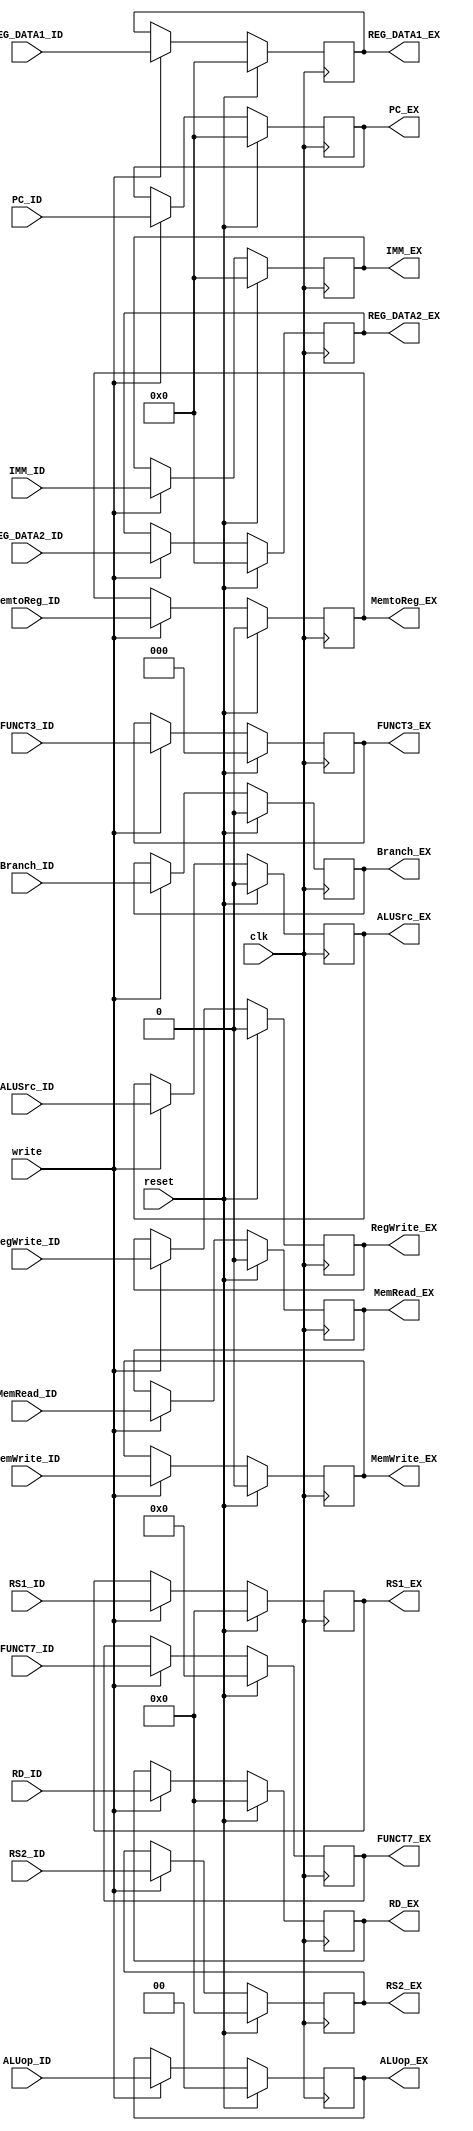
`timescale 1ns / 1ps

module pipeline_id_ex(
    input clk, reset, write,
    input [31:0] IMM_ID, REG_DATA1_ID, REG_DATA2_ID, PC_ID,
    input [2:0] FUNCT3_ID,
    input [6:0] FUNCT7_ID,
    input [4:0] RD_ID, RS1_ID, RS2_ID,
    input RegWrite_ID,
    input MemtoReg_ID,
    input MemRead_ID,
    input MemWrite_ID,
    input [1:0] ALUop_ID,
    input ALUSrc_ID,
    input Branch_ID,
    
    output reg [31:0] IMM_EX, REG_DATA1_EX, REG_DATA2_EX, PC_EX,
    output reg [2:0] FUNCT3_EX,
    output reg [6:0] FUNCT7_EX,
    output reg [4:0] RD_EX, RS1_EX, RS2_EX,
    output reg RegWrite_EX,
    output reg MemtoReg_EX,
    output reg MemRead_EX,
    output reg MemWrite_EX,
    output reg [1:0] ALUop_EX,
    output reg ALUSrc_EX,
    output reg Branch_EX
);
    always@(posedge clk) begin
        if (reset) begin
            IMM_EX <= 32'b0;
            REG_DATA1_EX <= 32'b0;
            REG_DATA2_EX <= 32'b0;
            PC_EX <= 32'b0;
            FUNCT3_EX <= 3'b0;
            FUNCT7_EX <= 7'b0;
            RD_EX <= 5'b0;
            RS1_EX <= 5'b0;
            RS2_EX <= 5'b0;
            RegWrite_EX <= 1'b0;
            MemtoReg_EX <= 1'b0;
            MemRead_EX <= 1'b0;
            MemWrite_EX <= 1'b0;
            ALUop_EX <= 2'b0;
            ALUSrc_EX <= 1'b0;
            Branch_EX <= 1'b0;
        end
        else begin
            if (write) begin
                IMM_EX <= IMM_ID;
                REG_DATA1_EX <= REG_DATA1_ID;
                REG_DATA2_EX <= REG_DATA2_ID;
                PC_EX <= PC_ID;
                FUNCT3_EX <= FUNCT3_ID;
                FUNCT7_EX <= FUNCT7_ID;
                RD_EX <= RD_ID;
                RS1_EX <= RS1_ID;
                RS2_EX <= RS2_ID;
                RegWrite_EX <= RegWrite_ID;
                MemtoReg_EX <= MemtoReg_ID;
                MemRead_EX <= MemRead_ID;
                MemWrite_EX <= MemWrite_ID;
                ALUop_EX <= ALUop_ID;
                ALUSrc_EX <= ALUSrc_ID;
                Branch_EX <= Branch_ID;
            end
        end
      end
endmodule